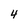
Character: 4